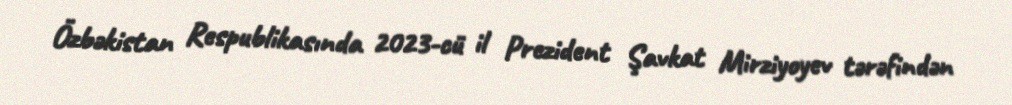
Özbəkistan Respublikasında 2023-cü il Prezident Şavkat Mirziyoyev tərəfindən